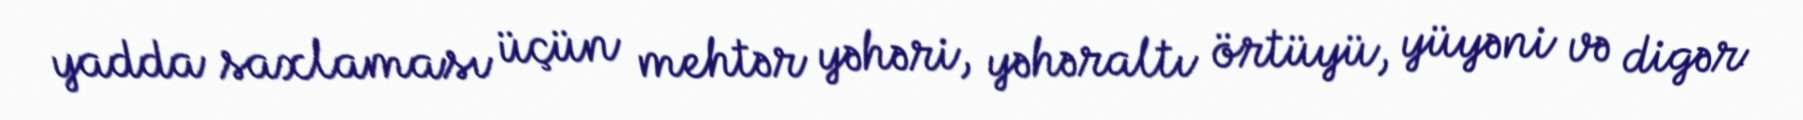
yadda saxlaması üçün mehtər yəhəri, yəhəraltı örtüyü, yüyəni və digər